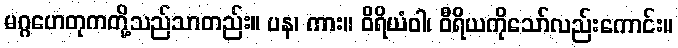
မဂ္ဂဟေတုကတို့သည်သာတည်း။ ပန၊ ကား။ ဝိရိယံဝါ၊ ဝီရိယကိုသော်လည်းကောင်း။